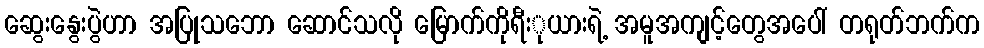
ဆွေးနွေးပွဲဟာ အပြုသဘော ဆောင်သလို မြောက်ကိုရီးုယားရဲ့ အမူအကျင့်တွေအပေါ် တရုတ်ဘက်က